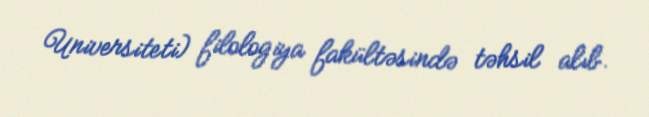
Universiteti) filologiya fakültəsində təhsil alıb.